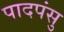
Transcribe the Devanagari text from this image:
पादपंसु